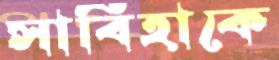
সাবিহাকে